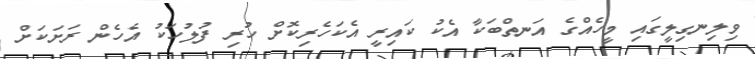
ވިލިނގިލީގައި މީހެއްގެ އަނތްބަކާ އެކު ކައިރީ އެކަހެރިކޮށް ހުރި ފުލުހަކު އެހެން ރަށަކަށް